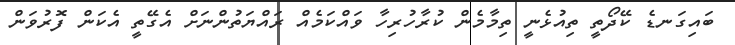
ބައިގަނޑެ ކޭދޯތީ ތިއުޅެނީ ތިމާމެން ކުރާހުރިހާ ވައްކަމެއް ރައްޔަތުންނަށް އެގޭތީ އެކަން ފޮރުވަން